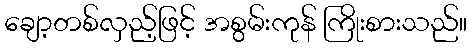
ချော့တစ်လှည့်ဖြင့် အစွမ်းကုန် ကြိုးစားသည်။